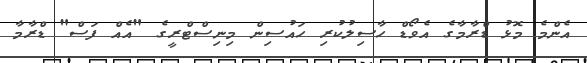
އެންމެ މޮޅު ޑްރާމާގެ އެވޯޑް ހާސިލުކުރި ހައުސިން މިނިސްޓްރީގެ "އެއް ފަސް" ޑްރާމާ